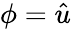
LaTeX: \phi={\hat{u}}